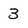
Character: 3